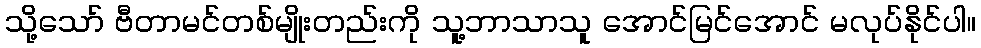
သို့သော် ဗီတာမင်တစ်မျိုးတည်းကို သူ့ဘာသာသူ အောင်မြင်အောင် မလုပ်နိုင်ပါ။